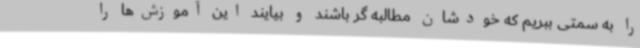
را به سمتی ببریم که خودشان مطالبه گر باشند و بیایند این آموزش‌ها را